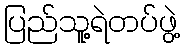
ပြည်သူ့ရဲတပ်ဖွဲ့